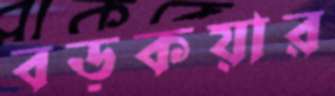
বড়কয়ার